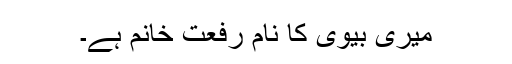
میری بیوی کا نام رفعت خانم ہے۔